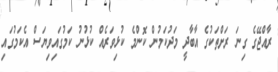
ރާއްޖޭގެ ގިނަ ރަށްތަކުގެ އާބާދީ މަދުކަމުން ކޮންމެ ކުޅިވަރެއް ކުޅުނު ކަމުގައިވިޔަސް އެކަމުގައި